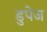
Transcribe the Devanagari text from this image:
डुपेज